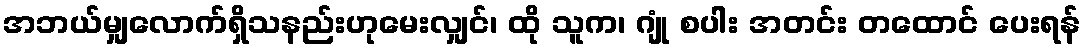
အဘယ်မျှလောက်ရှိသနည်းဟုမေးလျှင်၊ ထို သူက၊ ဂျုံ စပါး အတင်း တထောင် ပေးရန်